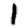
Digit: 1